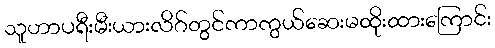
သူဟာပရီးမီးယားလိဂ်တွင်ကာကွယ်ဆေးမထိုးထားကြောင်း